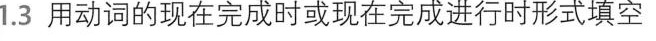
1.3 用动词的现在完成时或现在完成进行时形式填空